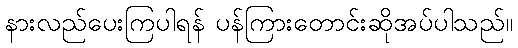
နားလည်ပေးကြပါရန် ပန်ကြားတောင်းဆိုအပ်ပါသည်။